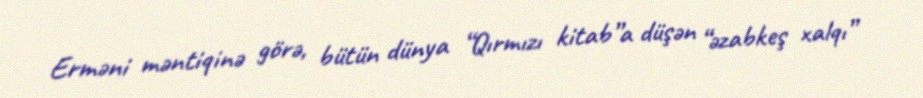
Erməni məntiqinə görə, bütün dünya “Qırmızı kitab”a düşən “əzabkeş xalqı”